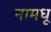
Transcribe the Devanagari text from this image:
नामधू